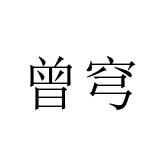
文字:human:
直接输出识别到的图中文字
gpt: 曾穹